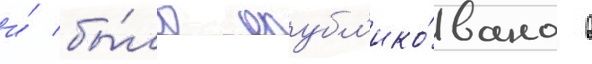
и́ бы́ло опубл'ико́вано в